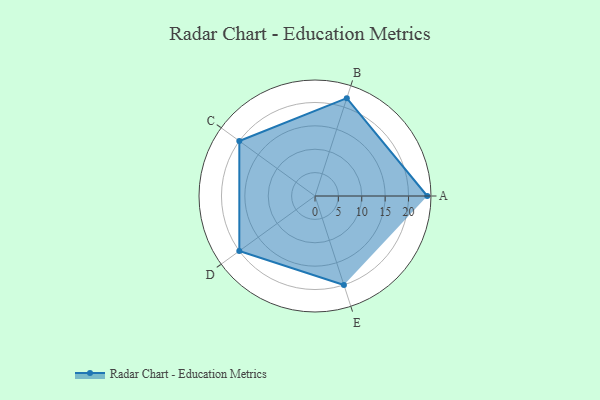
{"axis": {"x": "Skill", "y": "Score"}, "legend": ["Profile"], "data": [{"x": "A", "y": 24.0, "type": "Profile"}, {"x": "B", "y": 22.0, "type": "Profile"}, {"x": "C", "y": 20.0, "type": "Profile"}, {"x": "D", "y": 20, "type": "Profile"}, {"x": "E", "y": 20, "type": "Profile"}]}